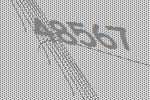
48567